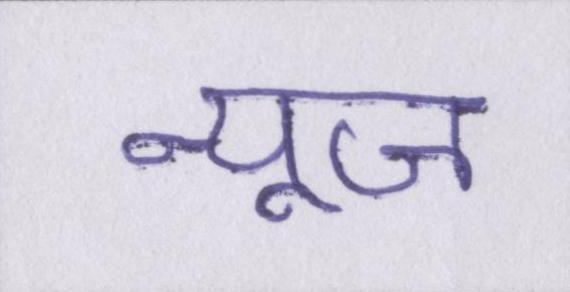
न्यूज